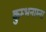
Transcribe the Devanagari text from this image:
कुम्भनाम्ना